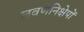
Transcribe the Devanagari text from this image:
लवणनिक्षेपों